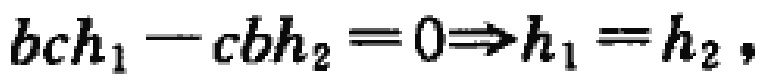
\(bch_{1}-cbh_{2}=0\Rightarrow h_{1}=h_{2},\)